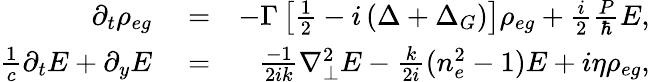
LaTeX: \begin{array}{rlr}{\partial_{t}{\rho_{eg}}}&{{}=}&{-\Gamma\left[\frac{1}{2}-i\left(\Delta+\Delta_{G}\right)\right]\rho_{eg}+\frac{i}{2}\frac{P}{\hbar}E,}\\ {\frac{1}{c}\partial_{t}E+\partial_{y}E}&{{}=}&{\frac{-1}{2ik}\nabla_{\perp}^{2}E-\frac{k}{2i}(n_{e}^{2}-1)E+i\eta\rho_{eg},}\end{array}